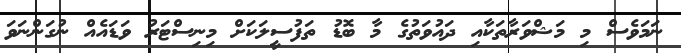
ނަމަވެސް މި މަޝްވަރާތަކާއި ދައުވަތުގެ މާ ބޮޑު ތަފުސީލަކަށް މިނިސްޓަރު ވަޑައެއް ނުގަންނަވަ